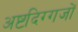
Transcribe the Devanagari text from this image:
अष्टदिग्गजों